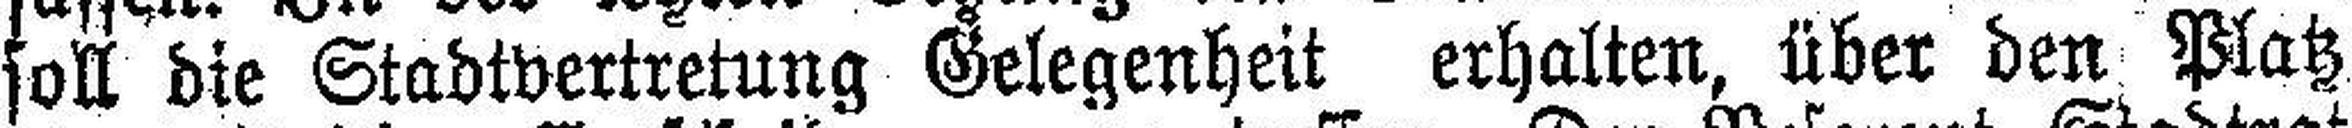
soll die Stadtvertretung Gelegenheit erhalten, über den Platz